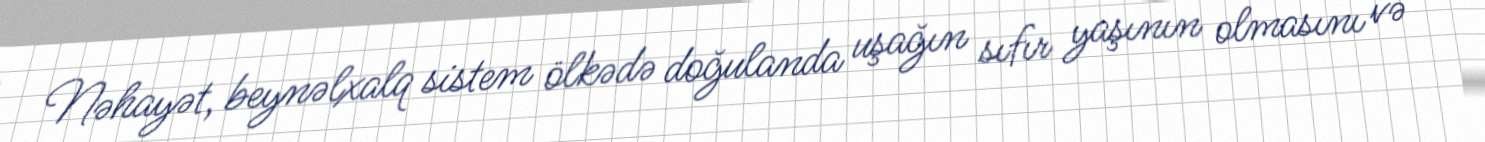
Nəhayət, beynəlxalq sistem ölkədə doğulanda uşağın sıfır yaşının olmasını və